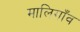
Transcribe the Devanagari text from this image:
मालिगाँव